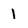
Character: l